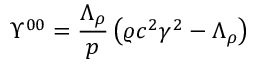
\Upsilon ^ { 0 0 } = \frac { \Lambda _ { \rho } } { p } \left( \varrho c ^ { 2 } \gamma ^ { 2 } - \Lambda _ { \rho } \right)